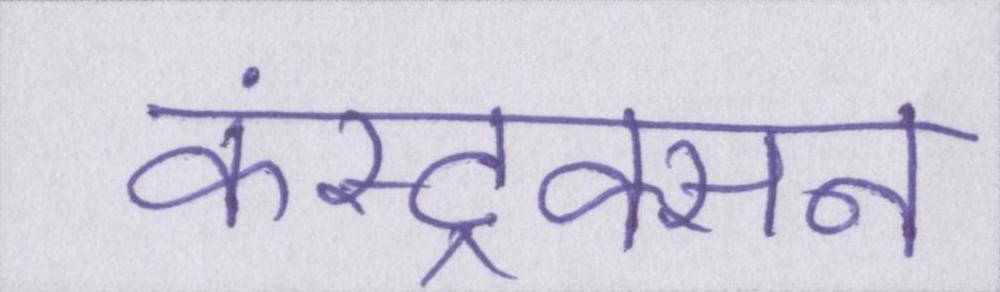
कंस्ट्रक्सन